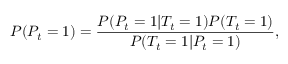
P ( P _ { t } = 1 ) = \frac { P ( P _ { t } = 1 | T _ { t } = 1 ) P ( T _ { t } = 1 ) } { P ( T _ { t } = 1 | P _ { t } = 1 ) } ,